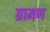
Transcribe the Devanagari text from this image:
ग्रामण